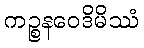
ကဉ္စနဝေဒိမိဿံ